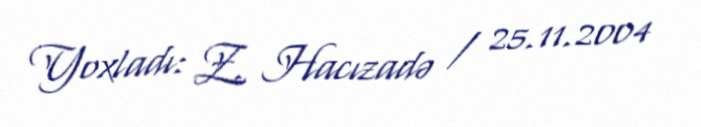
Yoxladı: Z. Hacızadə / 25.11.2004